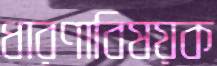
ধারণাবিষয়ক